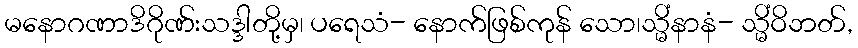
မနောဂဏာဒိဂိုဏ်းသဒ္ဒါတို့မှ၊ ပရေသံ- နောက်ဖြစ်ကုန် သော၊သ္မိံနာနံ- သ္မိံဝိဘတ်,